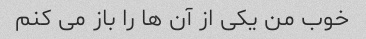
خوب من یکی از آن ها را باز می کنم